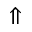
\Uparrow